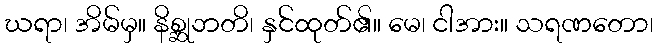
ဃရာ၊ အိမ်မှ။ နိစ္ဆုဘတိ၊ နှင်ထုတ်၏။ မေ၊ ငါအား။ သရဏတော၊